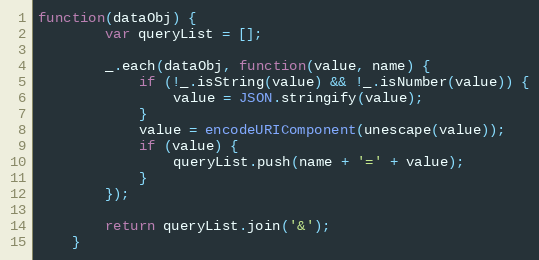
Language: JavaScript
function(dataObj) {
        var queryList = [];

        _.each(dataObj, function(value, name) {
            if (!_.isString(value) && !_.isNumber(value)) {
                value = JSON.stringify(value);
            }
            value = encodeURIComponent(unescape(value));
            if (value) {
                queryList.push(name + '=' + value);
            }
        });

        return queryList.join('&');
    }